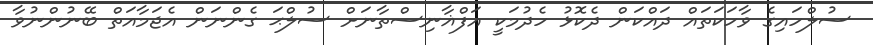
ސުލްހައިގެ ވާހަކަތައް ދައްކަން ދެކޮޅު ހެދުމަކީ އަފްޣާނިސްތާނަށް ސުލްޙަ ގެންނަން އެޖަމާއަތް ބޭނުންނުވާ